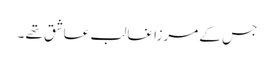
جس کے مرزا غالب عاشق تھے ۔